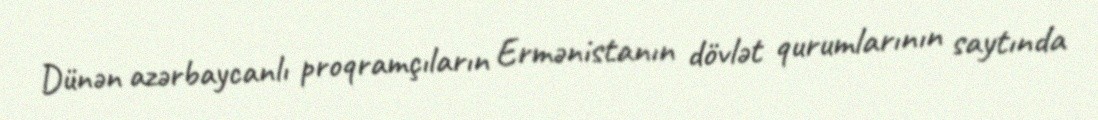
Dünən azərbaycanlı proqramçıların Ermənistanın dövlət qurumlarının saytında